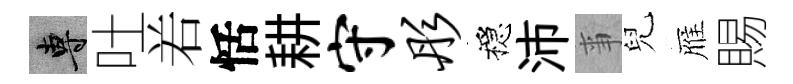
專吐𠰥恬耕守彤穩沛亊兒雁賜